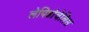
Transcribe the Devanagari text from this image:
लेपिडोचेलिस